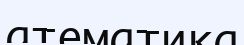
атематика